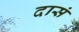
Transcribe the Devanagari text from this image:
दासं